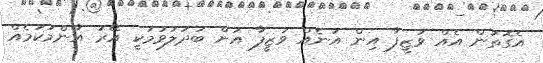
އެގޮތުން އެއް ވަޒީފާ އިން އަނެއް ވަޒީފާ އަށް ބަދަލުވުމަކީ އޭރު އާންމުކަމެއް